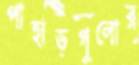
পাহাড়গুলোর